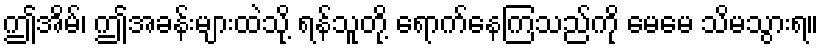
ဤအိမ်၊ ဤအခန်းများထဲသို့ ရန်သူတို့ ရောက်နေကြသည်ကို မေမေ သိမသွားရ။